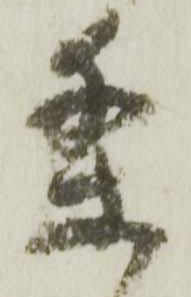
条